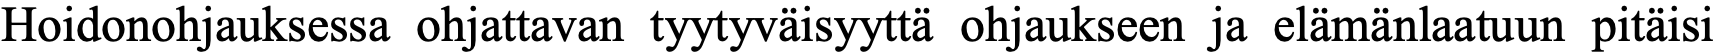
Hoidonohjauksessa ohjattavan tyytyväisyyttä ohjaukseen ja elämänlaatuun pitäisi